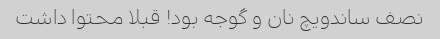
نصف ساندویچ نان و گوجه بود! قبلا محتوا داشت